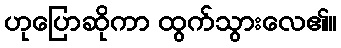
ဟုပြောဆိုကာ ထွက်သွားလေ၏။